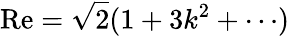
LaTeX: \mathrm{Re}=\sqrt{2}(1+3k^{2}+\cdots)